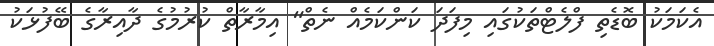
އެކަމަކު ބޮޑެތި ފްލެޓްތަކުގައި މިފަދަ ކަންކަމެއް ނެތް" އިމާރާތް ކުރުމުގެ ދާއިރާގެ ބޭފުޅަކު